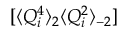
[ \langle Q _ { i } ^ { 4 } \rangle _ { 2 } \langle Q _ { i } ^ { 2 } \rangle _ { - 2 } ]